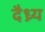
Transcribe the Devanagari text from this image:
दैध्र्य